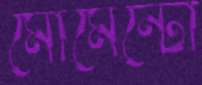
মোমেন্টো